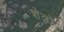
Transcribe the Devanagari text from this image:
शेत्रो